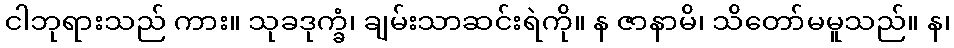
ငါဘုရားသည် ကား။ သုခဒုက္ခံ၊ ချမ်းသာဆင်းရဲကို။ န ဇာနာမိ၊ သိတော်မမူသည်။ န၊